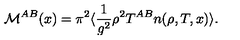
{ \cal M } ^ { A B } ( x ) = \pi ^ { 2 } \langle \frac { 1 } { g ^ { 2 } } \rho ^ { 2 } T ^ { A B } n ( \rho , T , x ) \rangle .